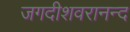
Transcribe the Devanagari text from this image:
जगदीशवरानन्द